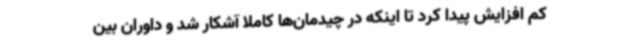
کم افزایش پیدا کرد تا اینکه در چیدمان‌ها کاملا آشکار شد و داوران بین